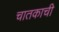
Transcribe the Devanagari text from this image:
चातकाची